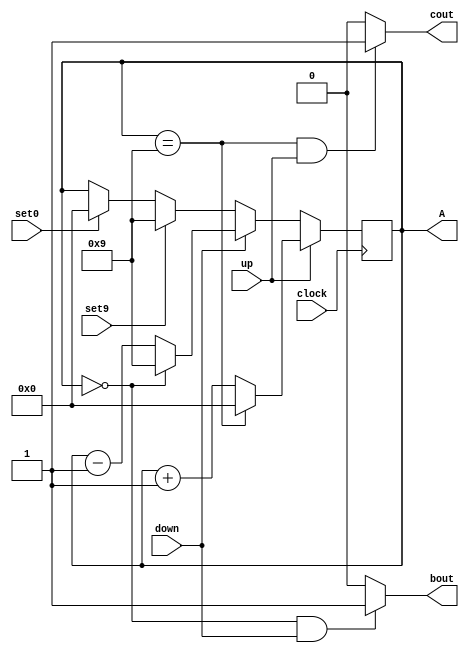
`timescale 1ns / 1ps
//////////////////////////////////////////////////////////////////////////////////
// Company: 
// Engineer: 
// 
// Design Name: 
// Module Name: BCD
// Project Name: 
// Target Devices: 
// Tool Versions: 
// Description: 
// 
// Dependencies: 
// 
// Revision:
// Revision 0.01 - File Created
// Additional Comments:
// 
//////////////////////////////////////////////////////////////////////////////////


module BCD(
    input wire up,down,set9,set0,
    input wire clock,
    output reg [3:0] A,
    output wire cout,bout
    );
    assign cout = (A == 4'b1001 && up)? 1:0;
    assign bout = (A == 4'b0000 && down)? 1:0;
    always @(posedge clock) begin
        if(up) begin
            if(A == 4'b1001) begin
                A <= 0;
            end else begin
                A <= A + 1;
            end
        end else if(down) begin
            if(A == 4'b0000) begin
                A <= 4'b1001;
            end else begin
                A <= A - 1;
            end
        end else if(set9) begin
            A <= 4'b1001;
        end else if(set0) begin
            A <= 4'b0000;
        end
    end
endmodule